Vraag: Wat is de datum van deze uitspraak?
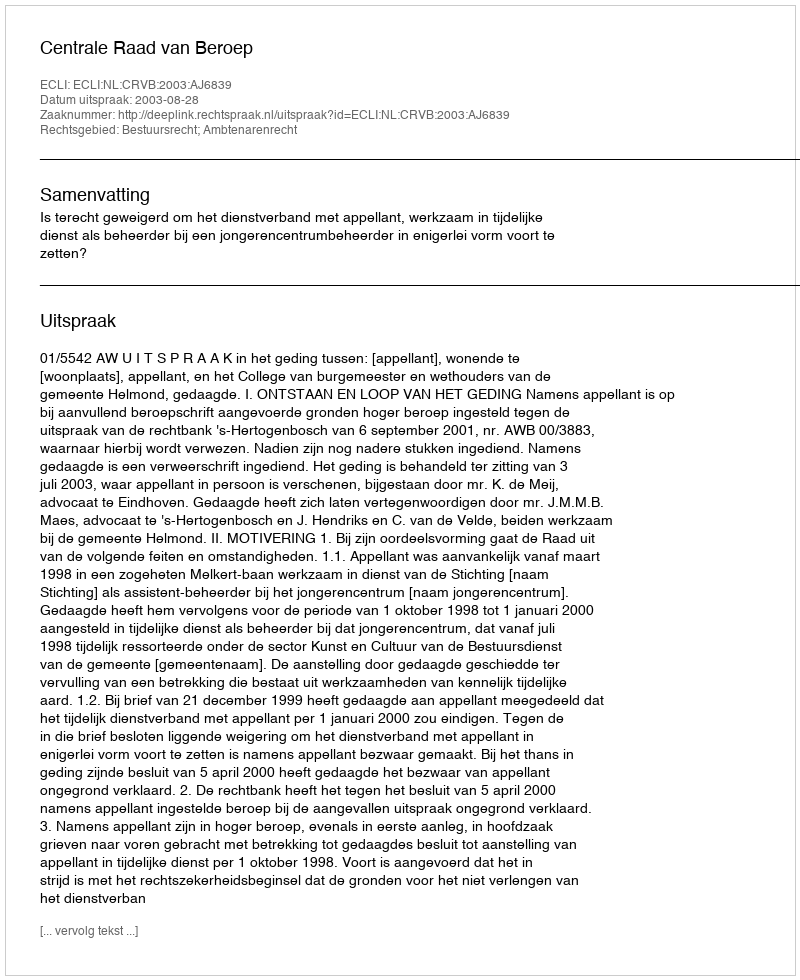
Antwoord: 2003-08-28